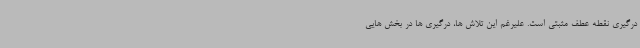
درگیری نقطه عطف مثبتی است. علیرغم این تلاش ها، درگیری ها در بخش هایی